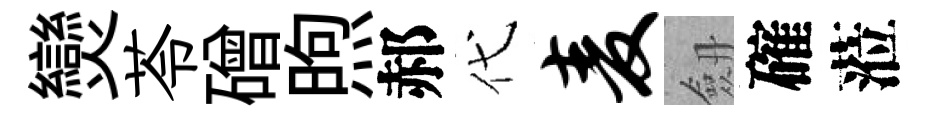
𤓖苓磳煦郝代麦劔確蒞